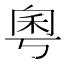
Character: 𫀫